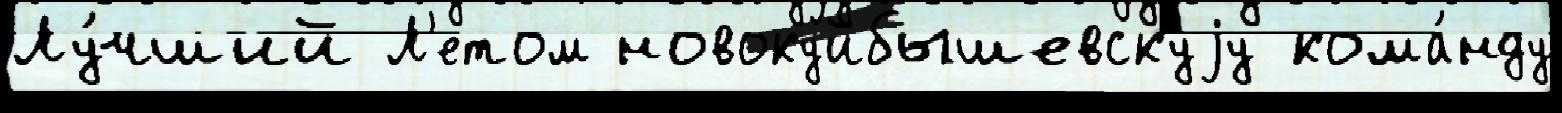
Лу́чший Л'етом новокуйбышевскуjу кома́нду